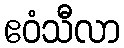
ဧဝံသီလာ